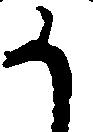
か